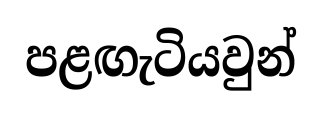
පළඟැටියවුන්